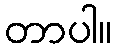
တာပါ။